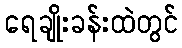
ရေချိုးခန်းထဲတွင်